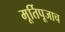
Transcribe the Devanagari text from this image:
मूर्तिपूजाच